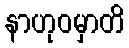
နာဟုဝမှာတိ